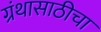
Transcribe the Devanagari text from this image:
ग्रंथासाठीचा